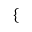
\begin{array} { r } { \mathopen { } \mathclose \bgroup \left\{ \begin{array} { r l r l } \end{array} \aftergroup \egroup \right. } \end{array}